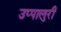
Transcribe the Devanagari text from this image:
उप्पालुरी